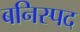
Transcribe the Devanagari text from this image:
बनिस्पद